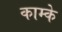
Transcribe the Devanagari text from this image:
काम्के